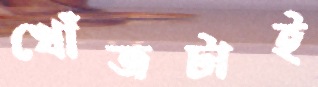
খোঁজটাই